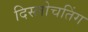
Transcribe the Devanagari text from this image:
दिस्लोचतिंग